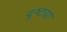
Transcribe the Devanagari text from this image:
दॄष्टया